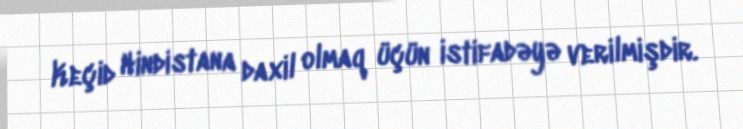
Keçid Hindistana daxil olmaq üçün istifadəyə verilmişdir.